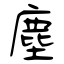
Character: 塵